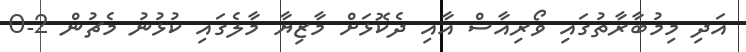
އަދި މިމުބާރާތުގައި ވޯރިއާސް އާއި ދެކޮޅަށް މާޒިޔާ މާލެގައި ކުޅުނު މެޗުން 2-0